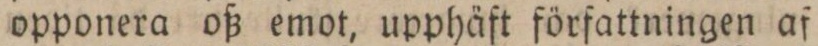
opponera oß emot, upphäft författningen af